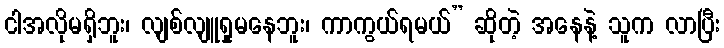
ငါအလိုမရှိဘူး၊ လျစ်လျူရှုမနေဘူး၊ ကာကွယ်ရမယ်” ဆိုတဲ့ အနေနဲ့ သူက လာပြီး